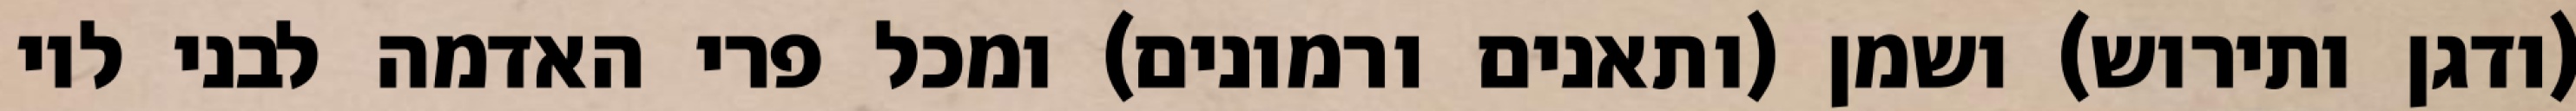
(ודגן ותירוש) ושמן (ותאנים ורמונים) ומכל פרי האדמה לבני לוי